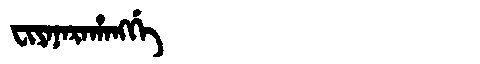
Manchu: ᠸᡳᠶᠠᠨᠠᡵᠠᡥᠠᠩᡤᡝ
Romanization: FIYANARAHANGGE